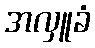
အလှူခံ